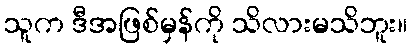
သူက ဒီအဖြစ်မှန်ကို သိလားမသိဘူး။